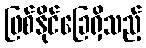
ဖြစ်နိုင်ခြေရှိသည့်